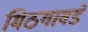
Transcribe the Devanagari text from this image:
मिठगावडे